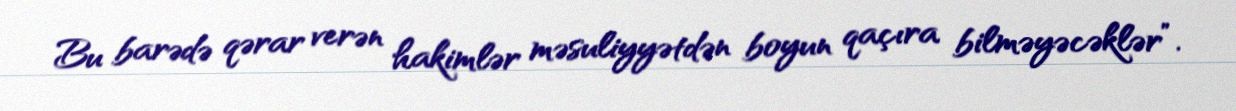
Bu barədə qərar verən hakimlər məsuliyyətdən boyun qaçıra bilməyəcəklər”.